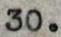
30.